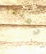
اجعلها